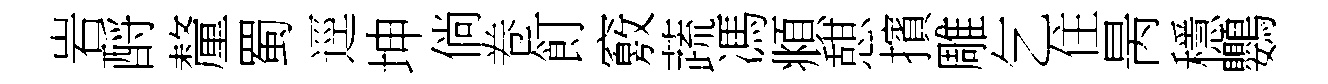
岩酹釐蜀逕坤倘卷飣竅蔬馮頫憇擯雕乞住昺穩鸚